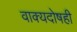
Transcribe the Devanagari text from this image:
वाक्यदोषही